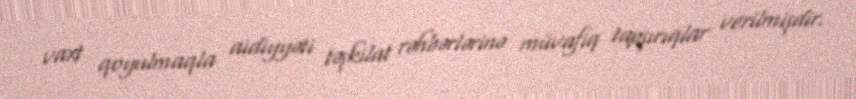
vaxt qoyulmaqla aidiyyəti təşkilat rəhbərlərinə müvafiq tapşırıqlar verilmişdir.